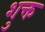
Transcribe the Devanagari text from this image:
शुक्त